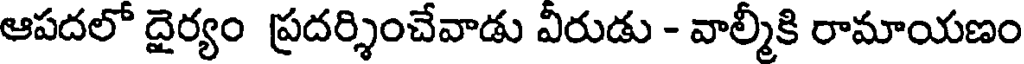
ఆపదలో దైర్యం ప్రదర్శించేవాడు వీరుడు - వాల్మీకి రామాయణం